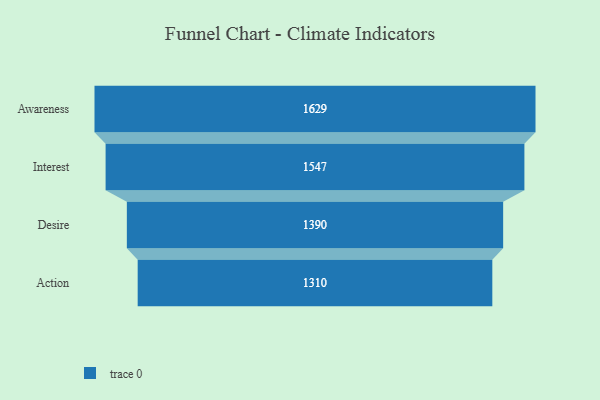
{"axis": {"x": "Stage", "y": "Value"}, "legend": [""], "data": [{"x": "Awareness", "y": 1629.0, "type": ""}, {"x": "Interest", "y": 1547.0, "type": ""}, {"x": "Desire", "y": 1390.0, "type": ""}, {"x": "Action", "y": 1310.0, "type": ""}]}